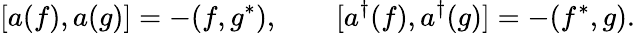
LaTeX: [a(f),a(g)]=-(f,g^{*}),\qquad[a^{\dagger}(f),a^{\dagger}(g)]=-(f^{*},g).